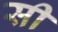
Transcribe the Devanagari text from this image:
सी